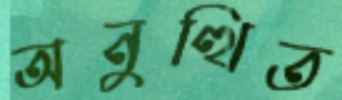
অনুত্থিত